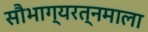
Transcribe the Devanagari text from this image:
सौभाग्यरत्नमाला